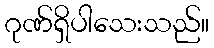
ဂုဏ်ရှိပါသေးသည်။